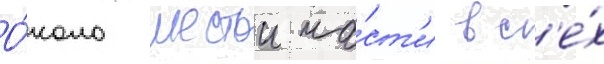
О́коло шестои ча́ст'и вс'е́х